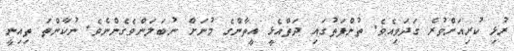
ރުޅި ކުރިއަށްވުރެ ގަދަވިއެވެ. ތުންފަތުގައި ދަތްއެޅީ އީތާންގެ މުނަށް ނުބަލަންވެގެންނެވެ. ނުކާންތަ ތިއިނީ